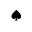
\spadesuit